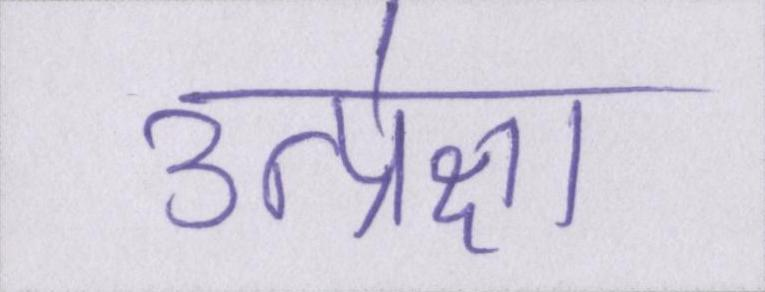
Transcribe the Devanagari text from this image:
उत्प्रेक्षा